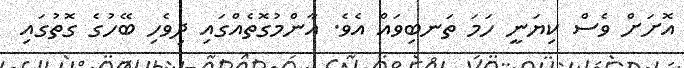
އޮށަށް ވެސް ކިޔަނީ ހަމަ ތަނބިވައް އެވެ. އާންމުގޮތެއްގައި ދިވެހި ބޭހުގެ ގޮތުގައި